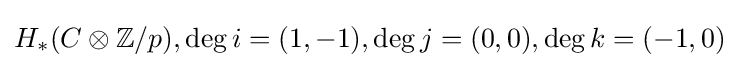
H_{*}(C\otimes \mathbb {Z} /p),\deg i=(1,-1),\deg j=(0,0),\deg k=(-1,0)